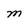
Character: M